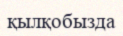
қылқобызда